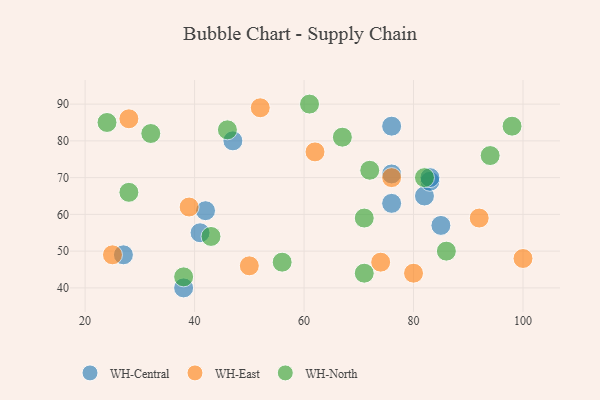
{"axis": {"x": "GDP", "y": "Life Expectancy"}, "legend": ["WH-Central", "WH-East", "WH-North"], "data": [{"x": "27", "y": 49, "type": "WH-Central"}, {"x": "82", "y": 65, "type": "WH-Central"}, {"x": "83", "y": 69, "type": "WH-Central"}, {"x": "83", "y": 70, "type": "WH-Central"}, {"x": "76", "y": 84, "type": "WH-Central"}, {"x": "47", "y": 80, "type": "WH-Central"}, {"x": "42", "y": 61, "type": "WH-Central"}, {"x": "85", "y": 57, "type": "WH-Central"}, {"x": "76", "y": 63, "type": "WH-Central"}, {"x": "76", "y": 71, "type": "WH-Central"}, {"x": "38", "y": 40, "type": "WH-Central"}, {"x": "41", "y": 55, "type": "WH-Central"}, {"x": "74", "y": 47, "type": "WH-East"}, {"x": "92", "y": 59, "type": "WH-East"}, {"x": "100", "y": 48, "type": "WH-East"}, {"x": "25", "y": 49, "type": "WH-East"}, {"x": "52", "y": 89, "type": "WH-East"}, {"x": "50", "y": 46, "type": "WH-East"}, {"x": "39", "y": 62, "type": "WH-East"}, {"x": "28", "y": 86, "type": "WH-East"}, {"x": "76", "y": 70, "type": "WH-East"}, {"x": "62", "y": 77, "type": "WH-East"}, {"x": "80", "y": 44, "type": "WH-East"}, {"x": "94", "y": 76, "type": "WH-North"}, {"x": "43", "y": 54, "type": "WH-North"}, {"x": "71", "y": 44, "type": "WH-North"}, {"x": "24", "y": 85, "type": "WH-North"}, {"x": "61", "y": 90, "type": "WH-North"}, {"x": "67", "y": 81, "type": "WH-North"}, {"x": "71", "y": 59, "type": "WH-North"}, {"x": "56", "y": 47, "type": "WH-North"}, {"x": "86", "y": 50, "type": "WH-North"}, {"x": "32", "y": 82, "type": "WH-North"}, {"x": "46", "y": 83, "type": "WH-North"}, {"x": "38", "y": 43, "type": "WH-North"}, {"x": "82", "y": 70, "type": "WH-North"}, {"x": "98", "y": 84, "type": "WH-North"}, {"x": "28", "y": 66, "type": "WH-North"}, {"x": "72", "y": 72, "type": "WH-North"}]}